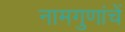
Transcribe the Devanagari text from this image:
नामगुणांचें